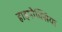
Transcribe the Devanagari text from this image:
हाइपौक्सिया